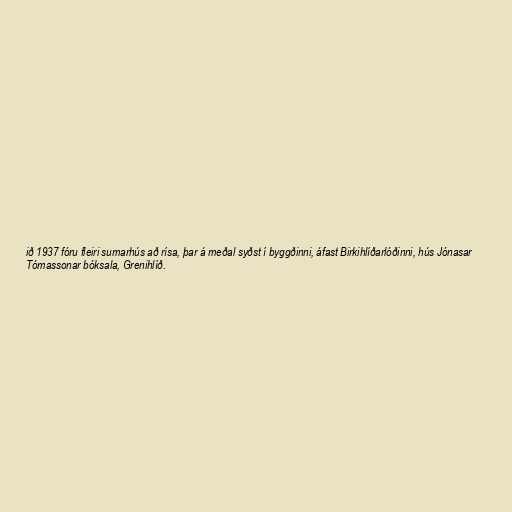
ið 1937 fóru fleiri sumarhús að rísa, þar á meðal syðst í byggðinni, áfast Birkihlíðarlóðinni, hús Jónasar
Tómassonar bóksala, Grenihlíð.